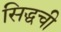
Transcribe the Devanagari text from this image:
सिद्धची